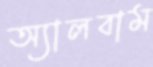
অ্যালবাম